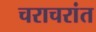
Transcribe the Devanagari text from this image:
चराचरांत